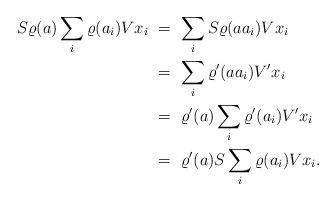
LaTeX: \begin{align*} S \varrho(a) \sum_i \varrho(a_i)Vx_i &\ =\ \sum_i S \varrho(aa_i) Vx_i \\ &\ =\ \sum_i \varrho'(aa_i) V'x_i \\ &\ =\ \varrho'(a) \sum_i \varrho'(a_i)V'x_i\\ &\ =\ \varrho'(a) S \sum_i \varrho(a_i)V x_i.\end{align*}